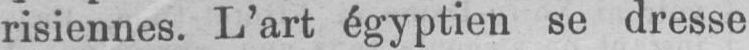
risiennes. L’art égyptien se dresse